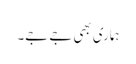
ہماری بھی جے جے۔